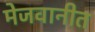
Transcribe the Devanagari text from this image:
मेजवानीत